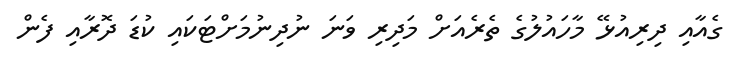
ގެއާއި ދިރިއުޅޭ މާހައުލުގެ ތެރެއަށް މަދިރި ވަނަ ނުދިނުމަށްޓަކައި ކުޑަ ދޮރާއި ފެން